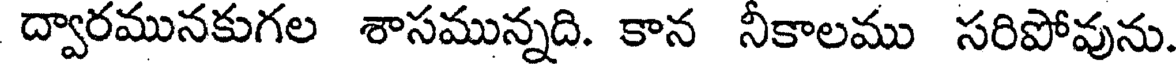
ద్వారమునకుగల శాసమున్నది. కాన నీకాలము సరిపోవును.